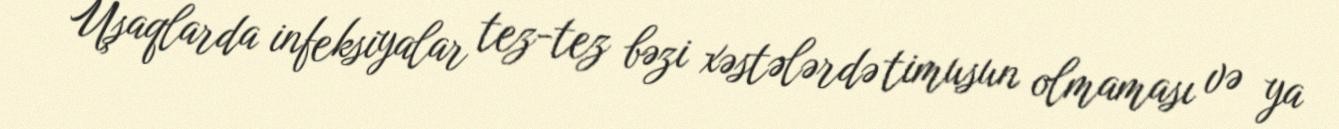
Uşaqlarda infeksiyalar tez-tez bəzi xəstələrdə timusun olmaması və ya